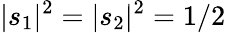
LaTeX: |s_{1}|^{2}=|s_{2}|^{2}=1/2